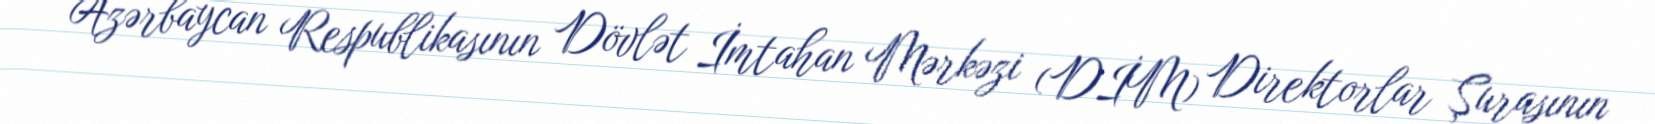
Azərbaycan Respublikasının Dövlət İmtahan Mərkəzi (DİM) Direktorlar Şurasının